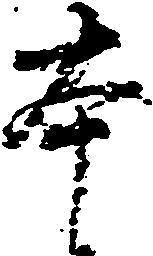
本